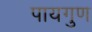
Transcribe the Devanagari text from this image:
पायगुण